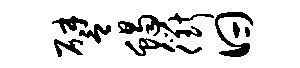
譬蝎衢曰